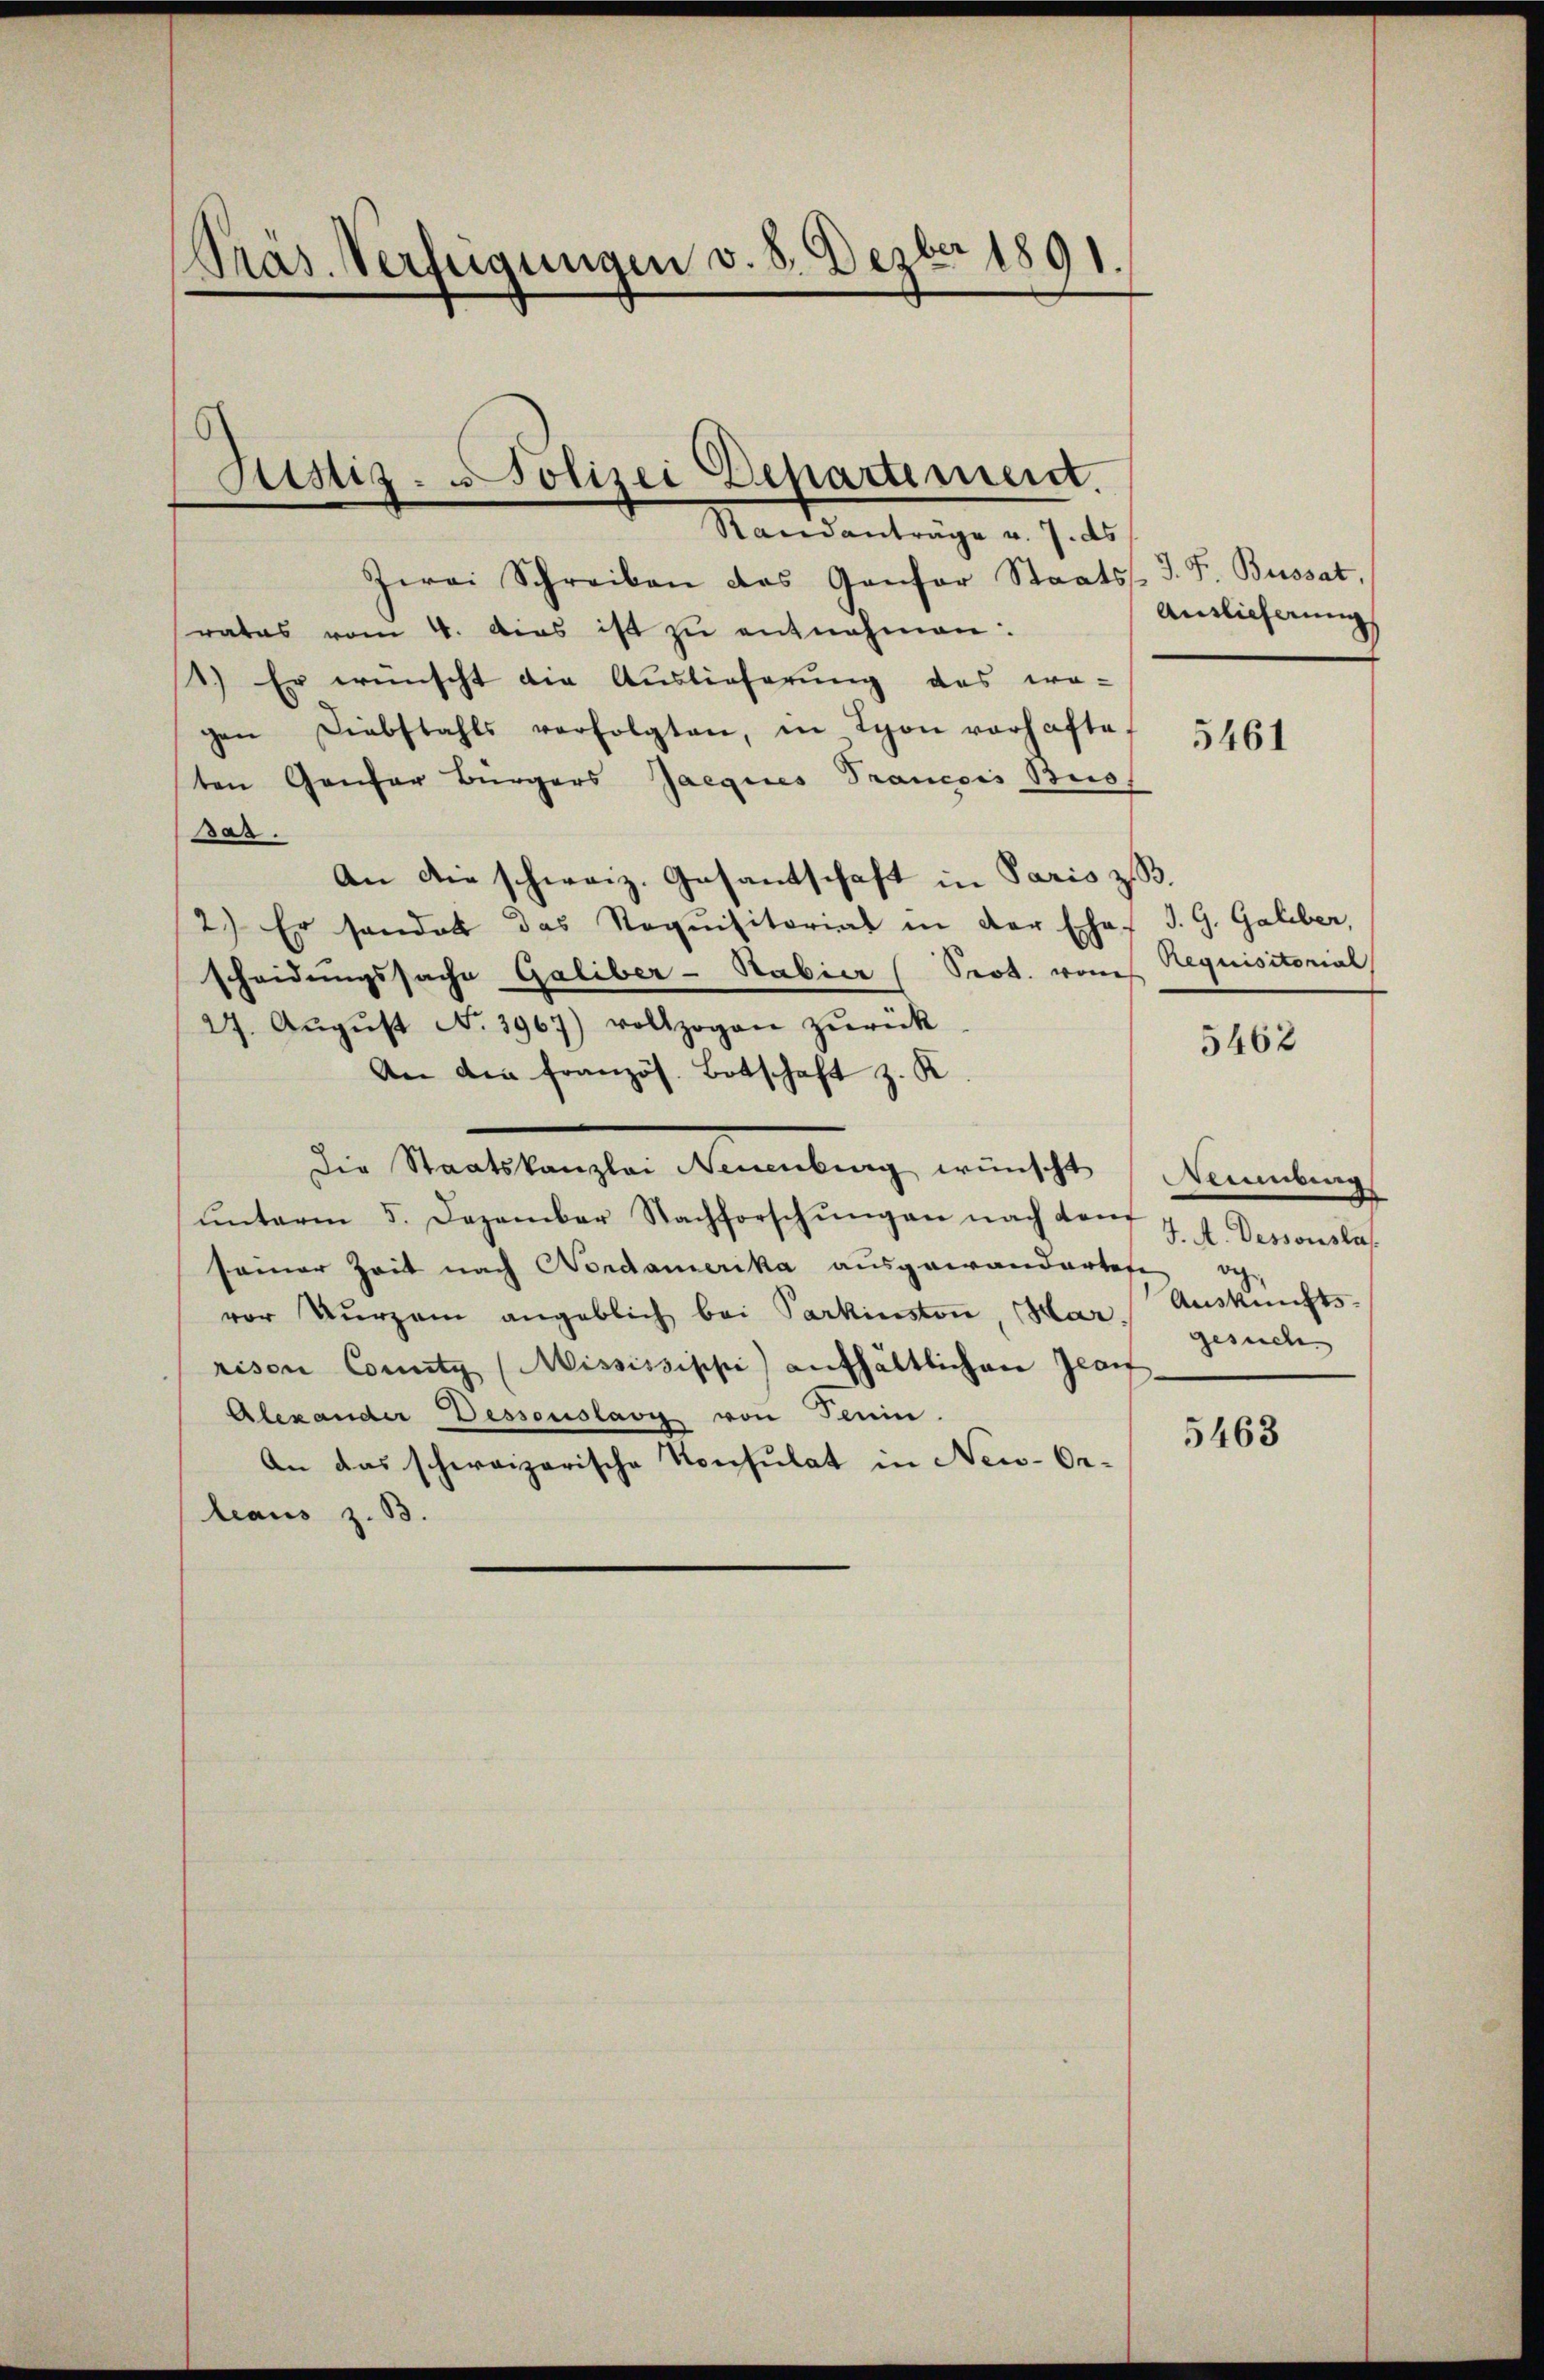
Präs. Verfügungen v. 8. Dezbr 1891.

Standanträge v. 7. ds
Zwei Schreiben das Gansor Staatss. J. F. Bussat
rates vom 4. dies ist zŭ entnehmen:
1.) Er wünscht die Auslieferung des wo-
gen Diebstahls verfolgten, in Lyon vorhafte
ten Genfer Bürgers Jaegices Prancois Buss
Bar.
An die schweiz. Gesantschaft in Paris z. B.
2.) Er sonder das Requisitorial in der Ehef J. G. Galiber,
scheidungssache Galiber- Sabier (Seot. vom Requisitorial
27. Aŭgŭst No. 3967) vollzogen zŭrück
An die französ. Botschaft z. K
Die Staatskanzlei Neuenburg wünscht
ŭnterm 5. Dezember Nachforschŭngen nach dem
seiner Zeit nach Nordamerika ausgewandertete oh
vor kurzem angeblich bei Parkinston, Har Auskunfts-
rison County (MMississiphi) aufhältlichen Graf
Alexander Dessauslavy von Tenin.
An das schweizerische Konsulat in New-Or-
leaus z. B.

Sistiz- Polizei Departement.

Antlicherung

5461

5462

Steinbing
J. A. Dessonsta
gesuch

5463